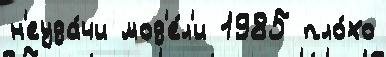
н'еуда́чи мод'е́л'и 1985 пло́хо